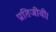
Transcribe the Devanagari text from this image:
प्रतिजीवी।